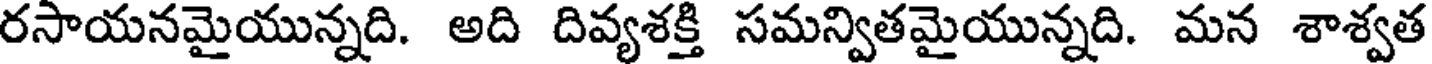
రసాయనమైయున్నది. అది దివ్యశక్తి సమన్వితమైయున్నది. మన శాశ్వత